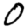
Digit: 0